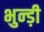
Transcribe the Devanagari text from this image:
भुन्ड़ी